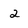
Character: 2